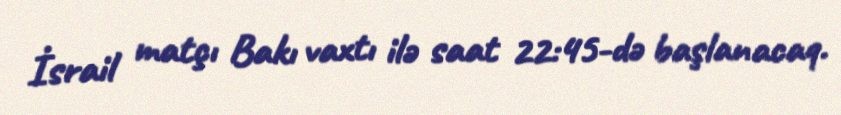
İsrail matçı Bakı vaxtı ilə saat 22:45-də başlanacaq.